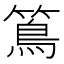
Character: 䉆